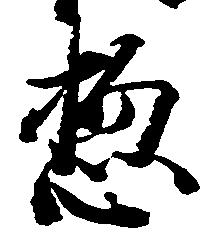
惣